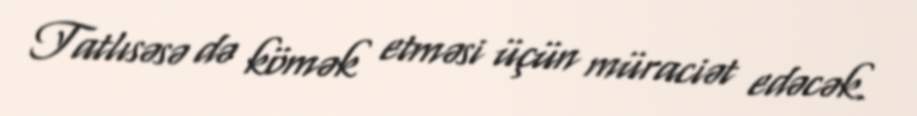
Tatlısəsə də kömək etməsi üçün müraciət edəcək.